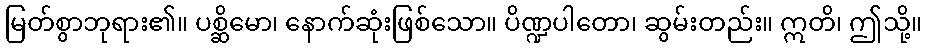
မြတ်စွာဘုရား၏။ ပစ္ဆိမော၊ နောက်ဆုံးဖြစ်သော။ ပိဏ္ဍပါတော၊ ဆွမ်းတည်း။ ဣတိ၊ ဤသို့။